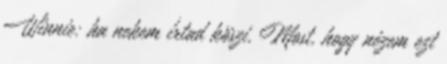
Winnie: ha nekem írtad köszi. Most, hogy nézem ezt